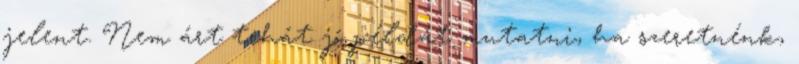
jelent. Nem árt tehát jó példát mutatni, ha szeretnénk,